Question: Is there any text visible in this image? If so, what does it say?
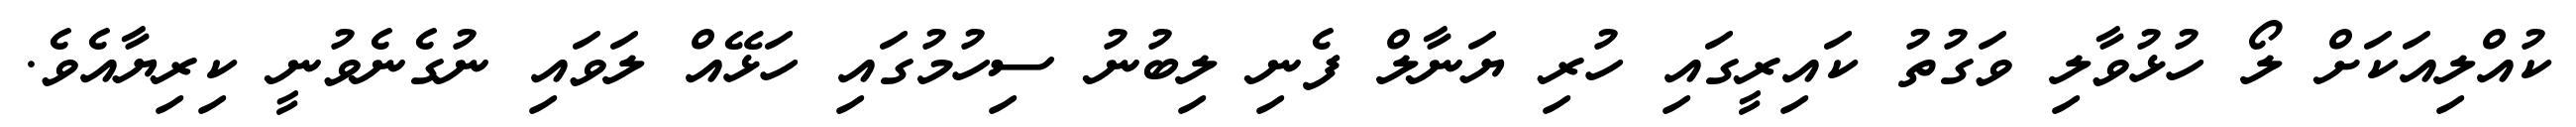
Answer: ކުއްލިއަކަށް ލޯ ހުޅުވާލި ވަގުތު ކައިރީގައި ހުރި ޔަނާލް ފެނި ލިބުނު ސިހުމުގައި ހަޅޭއް ލަވައި ނުގެނެވުނީ ކިރިޔާއެވެ.